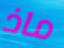
ماذ